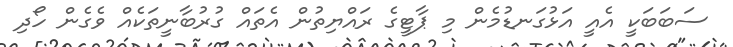
ސަބަބަކީ އެއީ އަޅުގަނޑުމެން މި ޕާޓީގެ ރައްޔިތުން އެތައް ގުރުބާނީތަކެއް ވެގެން ހޯދި